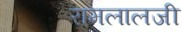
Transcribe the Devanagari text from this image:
रामलालजी